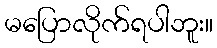
မပြောလိုက်ရပါဘူး။